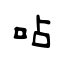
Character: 呫